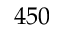
4 5 0